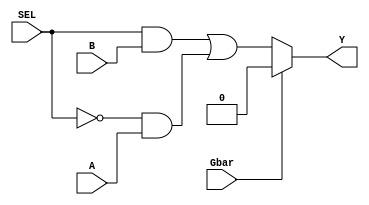
`timescale 1ns / 1ps
//////////////////////////////////////////////////////////////////////////////////
// Company: 
// Engineer: 
// 
// Design Name: 
// Module Name:    mux21_condop 
// Project Name: 
// Target Devices: 
// Tool versions: 
// Description: 
//
// Dependencies: 
//
// Revision: 
// Revision 0.01 - File Created
// Additional Comments: 
//
//////////////////////////////////////////////////////////////////////////////////
module Mux2x1_conditional(input A,B,SEL,Gbar, output Y );
 assign Y = (Gbar) ? 1'b0 : (SEL & B ) | (~ SEL & A);
endmodule